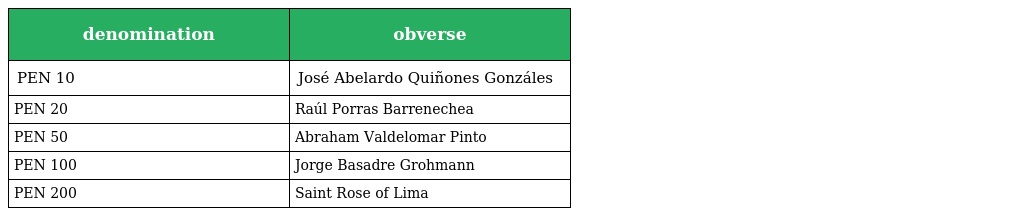
| denomination | obverse |
 | --- | --- |
 | PEN 10 | José Abelardo Quiñones Gonzáles |
 | PEN 20 | Raúl Porras Barrenechea |
 | PEN 50 | Abraham Valdelomar Pinto |
 | PEN 100 | Jorge Basadre Grohmann |
 | PEN 200 | Saint Rose of Lima |